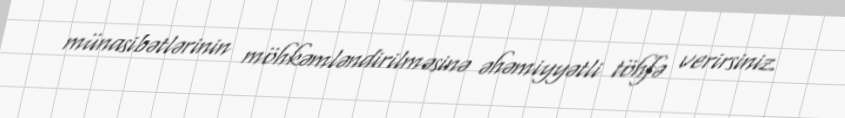
münasibətlərinin möhkəmləndirilməsinə əhəmiyyətli töhfə verirsiniz.